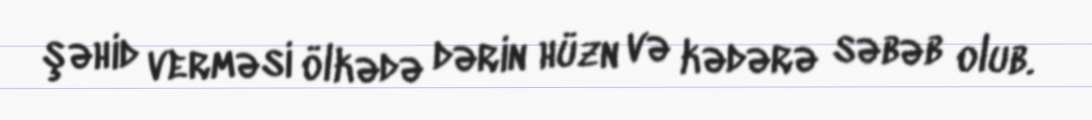
şəhid verməsi ölkədə dərin hüzn və kədərə səbəb olub.